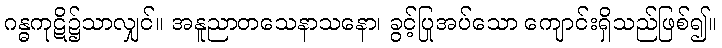
ဂန္ဓကုဋိ၌သာလျှင်။ အနူညာတသေနာသနော၊ ခွင့်ပြုအပ်သော ကျောင်းရှိသည်ဖြစ်၍။